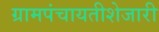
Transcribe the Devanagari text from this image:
ग्रामपंचायतीशेजारी